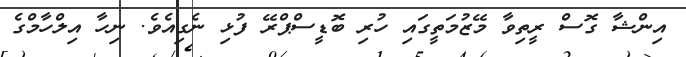
އިންޝާ ގޮސް ރީތިވާ މޭޒުމަތީގައި ހުރި ބޮޑީސްޕްރޭ ފުޅި ނެގިއެވެ. ނިހާ އިލްހާމްގެ